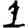
Digit: 1